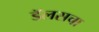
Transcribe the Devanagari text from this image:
डॅलसचा